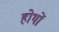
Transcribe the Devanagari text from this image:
होथों